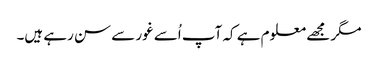
مگر مجھے معلوم ہے کہ آپ اُسے غور سے سن رہے ہیں۔